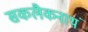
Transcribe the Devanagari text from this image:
सकलैकनाथं